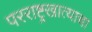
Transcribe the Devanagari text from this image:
परराष्ट्रखात्याचा